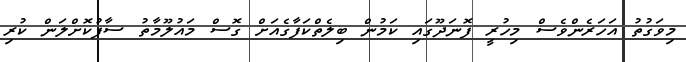
މިވަގުތު އަހަރެންވެސް މިހުރީ ފޮނަދޫގައި ކަމުން ބިލެތްކަފާގެއަށް ގޮސް މައުލޫމާތު ސާފުކޮށްލަން ކުރި